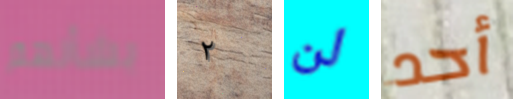
بشأنهم ٢ لن أحد